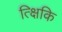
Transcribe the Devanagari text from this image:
त्क्षिकि